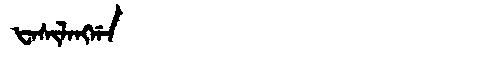
Manchu: ᡶᠠᠰᡳᠯᠠᠩᡤᠠ
Romanization: FASILANGGA